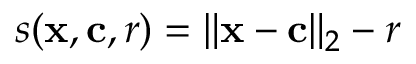
s ( \mathbf { x } , \mathbf { c } , r ) = \| \mathbf { x } - \mathbf { c } \| _ { 2 } - r